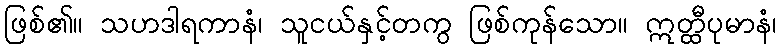
ဖြစ်၏။ သဟဒါရကာနံ၊ သူငယ်နှင့်တကွ ဖြစ်ကုန်သော။ ဣတ္ထီပုမာနံ၊